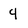
Character: 4